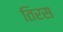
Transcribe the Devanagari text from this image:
तिरस